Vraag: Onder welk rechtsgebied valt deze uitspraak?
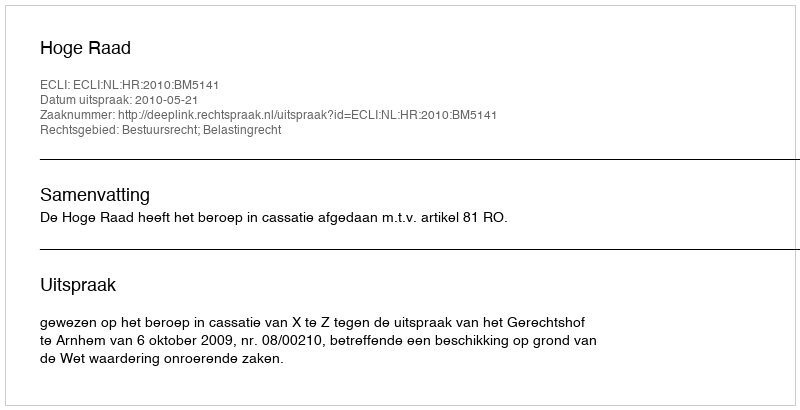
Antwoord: Bestuursrecht; Belastingrecht